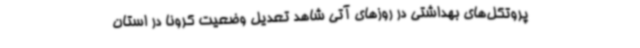
پروتکل‌های بهداشتی در روزهای آتی شاهد تعدیل وضعیت کرونا در استان